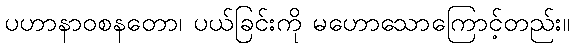
ပဟာနာဝစနတော၊ ပယ်ခြင်းကို မဟောသောကြောင့်တည်း။